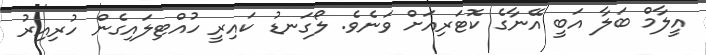
އީލާމް ބަލާ އަބީ އޭނާގެ ކޮޓަރިއަށް ވަނެވެ. ލޯގަނޑު ކައިރީ ހުއްޓިލައިގެން ހުރިއިރު